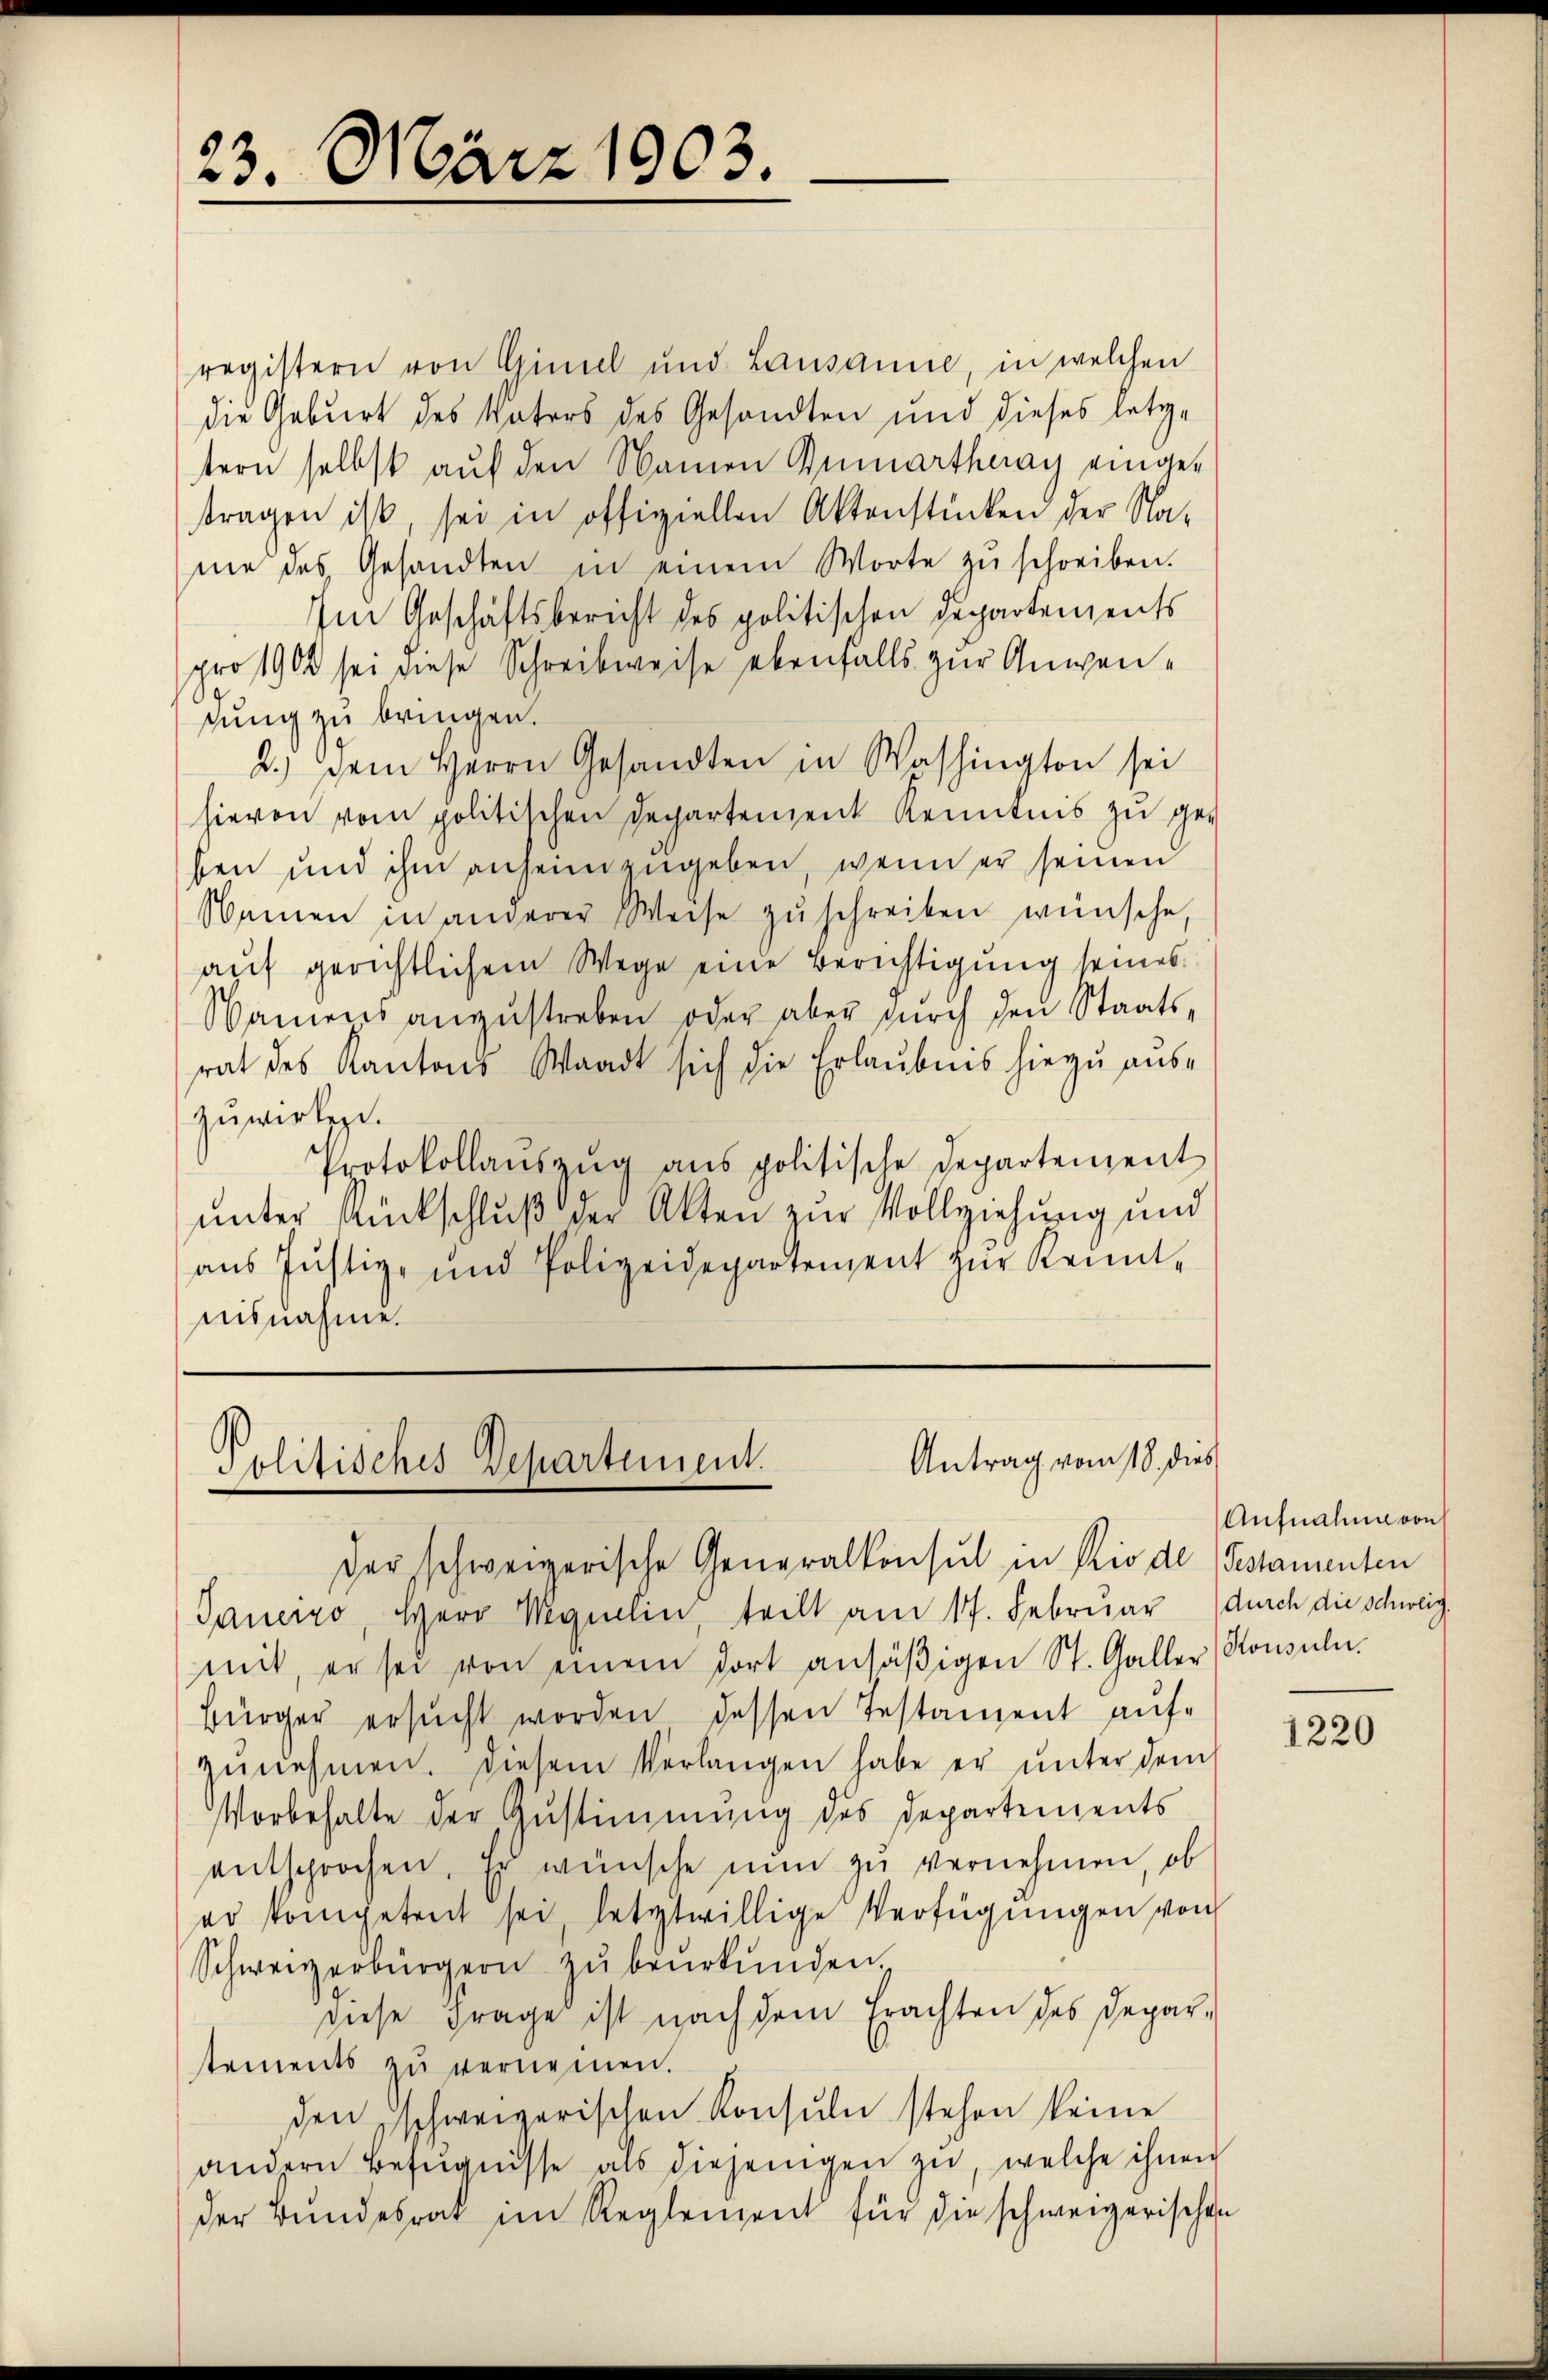
23. März 1903.

Antrag vom 18. dies
Politisches Departement.
der schweizerische Generalkonsul in Rio de Gestamenten

registern von Gimel und Lausanne, in welchen
die Geburt des Vaters des Gesandten und dieses letztern selbst auf den Namen Rumarthaay eingetragen ist, sei in offiziellen Aktenstücken der Na-
me des Gesandten in einem Worte zŭ schreiben.
Im Geschäftsbericht des politischen Departements
pro 1900 sei diese Schreibweise ebenfalls zur Anwensung zu bringen.
2.) Dem Herrn Gesandten in Washington sei
hievon vom politischen Departement Kenntnis zu geben und ihm anheim zŭgeben, wenn er seinen
Namen in anderer Weise zŭschreiben wünsche,
auf gerichtlichem Wege eine Berichtigung seines
Namens anzŭstreben oder aber dŭrch den Staatsrat des Kantons Waadt sich die Erlaubnis hiezu aus-
zuwirkt.
Protokollanszŭg ans politische Departement
unter Rückschluß der Akten zur Vollziehung und
aus Justiz- und Polizeidepartement zŭr Kennt-
nisnahme.

Janeiro, Herr Mquelin, teilt am 17. Februar durch die schweig
mit, er sei von einem dort ansäβigen St. Galler Konsuln.
Bürger ersŭcht worden dessen Testament auf-
zŭnehmen. Diesem Verlangen habe er unter dem
Vorbehalte der Zŭstimmung des Departements
entsprochen. Er wünsche nun zŭ vernehmen, ob
er kompetreit sei, letztwillige Verfügungen von
Schweizerbürgern zŭ beŭrkŭnden.
diese Frage ist nach dem Erachten des Departements zŭ vernennen.
den schweizerischen Konsuln stehen keine
andern Befugnisse als diejenigen zŭ, welche ihnen
der Bundesrat im Reglement für die schweizerischen

Aufnahme von

1220